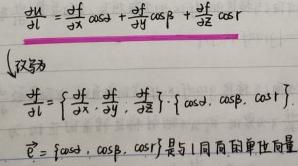
\[
\frac{\mathrm{d}f}{\mathrm{d}l}=\frac{\partial f}{\partial x} \cos \alpha+\frac{\partial f}{\partial y} \cos \beta+\frac{\partial f}{\partial z} \cos \gamma
\]
\[
\frac{\mathrm{d}f}{\mathrm{d}l}=\left\{\frac{\partial f}{\partial x}, \frac{\partial f}{\partial y}, \frac{\partial f}{\partial z}\right\} \cdot\{\cos \alpha, \cos \beta, \cos \gamma\}
\]
\[
\vec{e}=\{\cos \alpha, \cos \beta, \cos \gamma\}是l方向的单位向量
\]